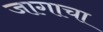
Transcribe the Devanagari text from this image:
जागाचा